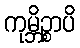
ကုမ္ဘိဉ္စာပိ